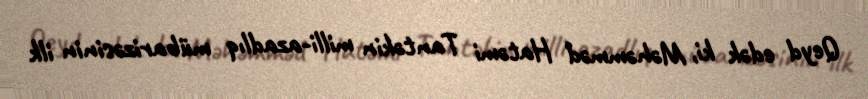
Qeyd edək ki, Məhəmməd Hatəmi Tantəkin milli-azadlıq mübarizəsinin ilk